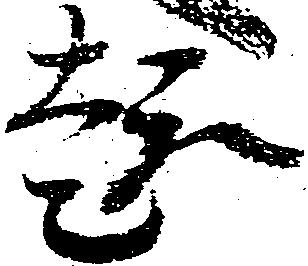
趣